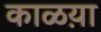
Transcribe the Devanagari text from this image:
काळय़ा